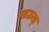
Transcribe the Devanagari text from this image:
पाउन्ड्